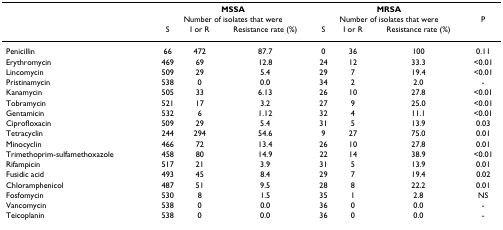
|  | <COLSPAN=3> MSSA | <COLSPAN=3> MRSA |  |
 |  | <COLSPAN=3> Number of isolates that were | <COLSPAN=3> Number of isolates that were | P |
 |  | S | I or R | Resistance rate (%) | S | I or R | Resistance rate (%) |  |
 | --- | --- | --- | --- | --- | --- | --- | --- |
 | Penicillin | 66 | 472 | 87.7 | 0 | 36 | 100 | 0.11 |
 | Erythromycin | 469 | 69 | 12.8 | 24 | 12 | 33.3 | <0.01 |
 | Lincomycin | 509 | 29 | 5.4 | 29 | 7 | 19.4 | <0.01 |
 | Pristinamycin | 538 | 0 | 0.0 | 34 | 2 | 2.0 | - |
 | Kanamycin | 505 | 33 | 6.13 | 26 | 10 | 27.8 | <0.01 |
 | Tobramycin | 521 | 17 | 3.2 | 27 | 9 | 25.0 | <0.01 |
 | Gentamicin | 532 | 6 | 1.12 | 32 | 4 | 11.1 | <0.01 |
 | Ciprofloxacin | 509 | 29 | 5.4 | 31 | 5 | 13.9 | 0.03 |
 | Tetracyclin | 244 | 294 | 54.6 | 9 | 27 | 75.0 | 0.01 |
 | Minocyclin | 466 | 72 | 13.4 | 26 | 10 | 27.8 | 0.01 |
 | Trimethoprim-sulfamethoxazole | 458 | 80 | 14.9 | 22 | 14 | 38.9 | <0.01 |
 | Rifampicin | 517 | 21 | 3.9 | 31 | 5 | 13.9 | 0.01 |
 | Fusidic acid | 493 | 45 | 8.4 | 29 | 7 | 19.4 | 0.02 |
 | Chloramphenicol | 487 | 51 | 9.5 | 28 | 8 | 22.2 | 0.01 |
 | Fosfomycin | 530 | 8 | 1.5 | 35 | 1 | 2.8 | NS |
 | Vancomycin | 538 | 0 | 0.0 | 36 | 0 | 0.0 | - |
 | Teicoplanin | 538 | 0 | 0.0 | 36 | 0 | 0.0 | - |